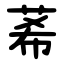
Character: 莃